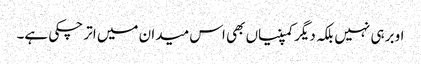
اوبر ہی نہیں بلکہ دیگر کمپنیاں بھی اس میدان میں اتر چکی ہے۔